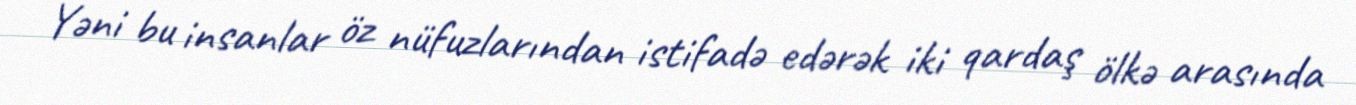
Yəni bu insanlar öz nüfuzlarından istifadə edərək iki qardaş ölkə arasında